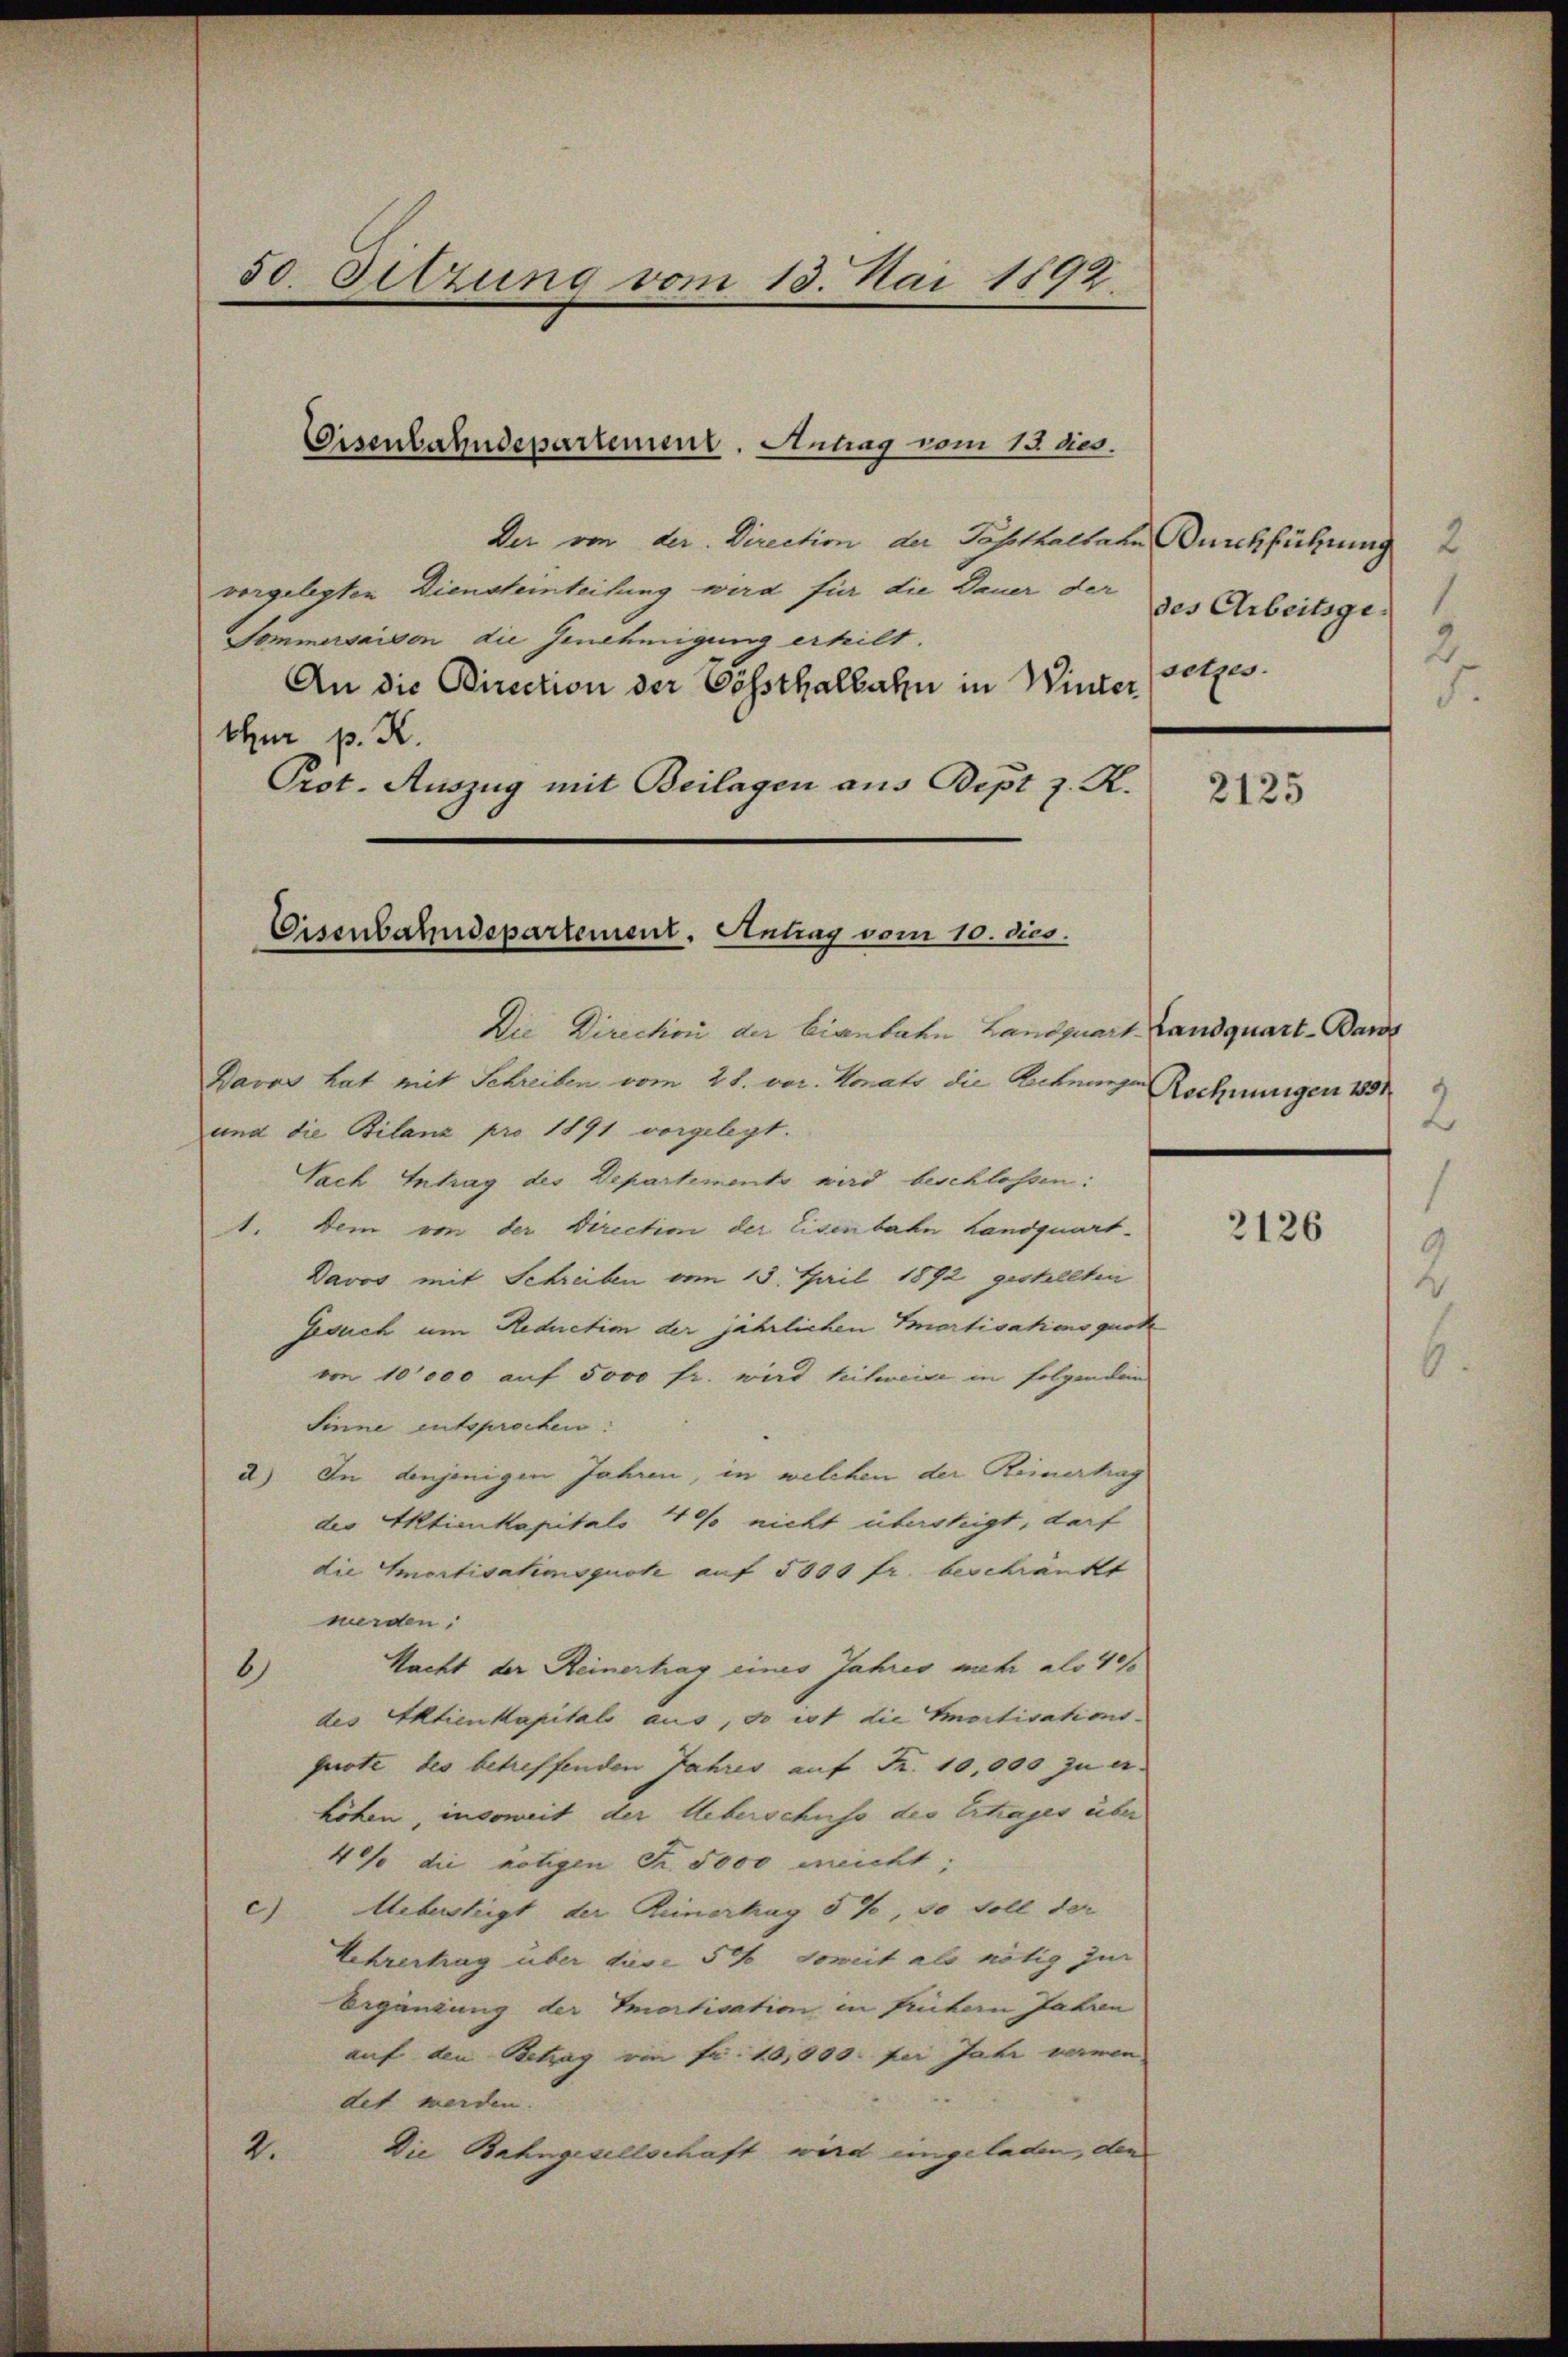
50 Sitzung vom 13. Mai 1892.

Der von der Direction der Pasthalten Durchführung 2
vorgelegten Diensteinteilung wird für die Dauer der
Sommersaison die Genehmigung erheilt.
An die Direction der Cessthalbahn in Winter
thur p. K.
Prot. Auszug mit Beilagen aus Bipt z. K.

Eisenbahndepartement. Antrag vom 13 des.

Cisenbahndepartement. Antrag vom 10. dies

Die Direction der Eisenbahn Landquar
Davos hat mit Schreiben vom 28. vor. Monats die Rechnungen Rechnungen 1881
und die Bilanz pro 1891 vorgelegt.
Nach Intrag des Departements wird beschlossen:
1. Dem von der Direction der Eisenbahn Landquart-
Davos mit Schreiben vom 13. April 1892 gestellten
Gesuch um Reduction der jährlichen Imortisationsquot
von 10000 auf 5000 fr. wird heilweise in folgenden
Sinne entsprochen
d) In diejenigen Jahren, in welchen der Reinertrag
der Aktienkapitals 4 % nicht überstrigt, darf
die Amortisationsquote auf 5000 fr. beschränkt
werden.
Nacht der Heinerhag eines Jahres mehr als 40%
6)
des Aktienkapitals aus, so ist die Emortisationsquote des betreffenden Jahres auf Fr. 10,000 zu er
höhen, insoweit der Ueberschuss der Ertrages über
4 die nötigen Fr. 5000 meicht,
c) Aebersteigt der Rinnerhag 5%, so soll der
Lehrertrag über diese 5% Soweit als nötig zur
Ergänzung der Emortisation in frühern Jahren
auf den Betrag von Fr. 10,000. per Jahr vermon
det werden.
4.
Die Bahngesellschaft wird eingeladen, den

des Arbeitsge
2.
setzes.

2125

Landquart-Ban
2

2126